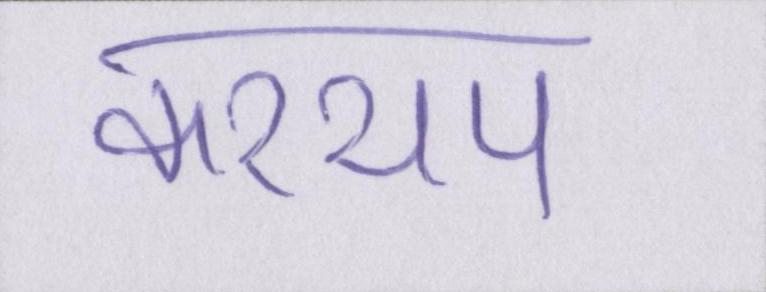
कश्यप